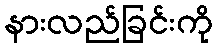
နားလည်ခြင်းကို